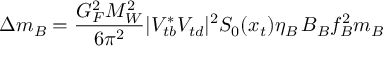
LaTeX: \Delta m _ { B } = \frac { G _ { F } ^ { 2 } M _ { W } ^ { 2 } } { 6 \pi ^ { 2 } } | V _ { t b } ^ { * } V _ { t d } | ^ { 2 } S _ { 0 } ( x _ { t } ) \eta _ { B } \, B _ { B } f _ { B } ^ { 2 } m _ { B }